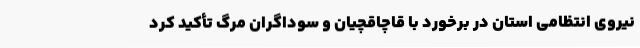
نیروی انتظامی استان در برخورد با قاچاقچیان و سوداگران مرگ تأکید کرد